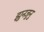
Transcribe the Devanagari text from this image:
झुनजुनु